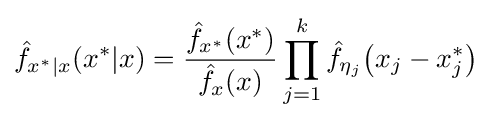
{\hat {f}}_{x^{*}|x}(x^{*}|x)={\frac {{\hat {f}}_{x^{*}}(x^{*})}{{\hat {f}}_{x}(x)}}\prod _{j=1}^{k}{\hat {f}}_{\eta _{j}}{\big (}x_{j}-x_{j}^{*}{\big )}